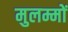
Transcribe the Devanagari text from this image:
मुलम्मों